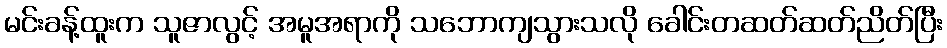
မင်းခန့်ထူးက သူဇာလွင့် အမူအရာကို သဘောကျသွားသလို ခေါင်းတဆတ်ဆတ်ညိတ်ပြီး